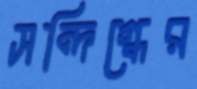
সন্দিগ্ধের